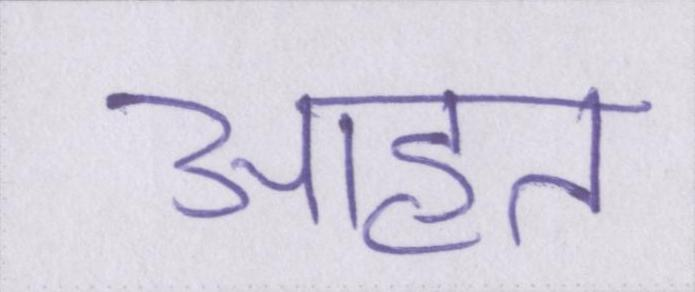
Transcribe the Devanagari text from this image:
आहत